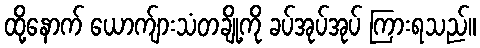
ထို့နောက် ယောက်ျားသံတချို့ကို ခပ်အုပ်အုပ် ကြားရသည်။